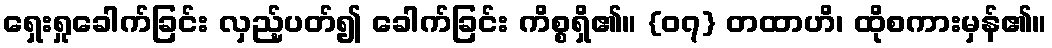
ရှေးရှုခေါက်ခြင်း လှည့်ပတ်၍ ခေါက်ခြင်း ကိစ္စရှိ၏။ {၀၇} တထာဟိ၊ ထိုစကားမှန်၏။